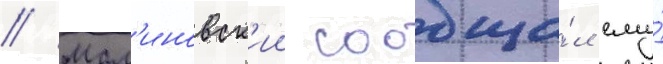
// Мал'иновск'ии сообща́л ему́